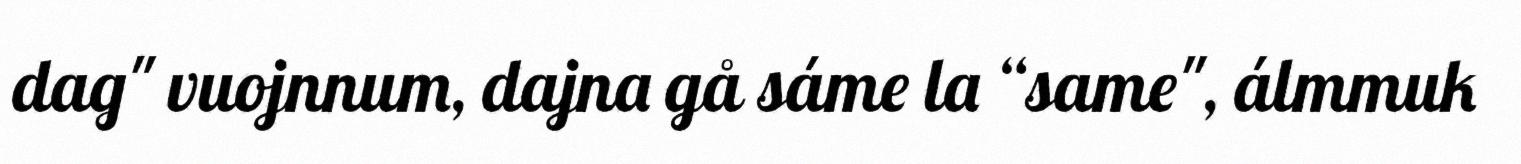
dag" vuojnnum, dajna gå sáme la “same", álmmuk